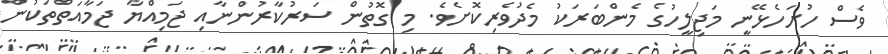
ވެސް ހުށަހެޅޭނީ މަޖިލީހުގެ މެންބަރަކު މެދުވެރިކޮށެވެ. މި ގޮތުން ސަރުކާރުންނާއި ޖަމިއްޔާ ޖަމާއަތްތަކުން